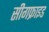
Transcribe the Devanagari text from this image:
सीगफ्राइड